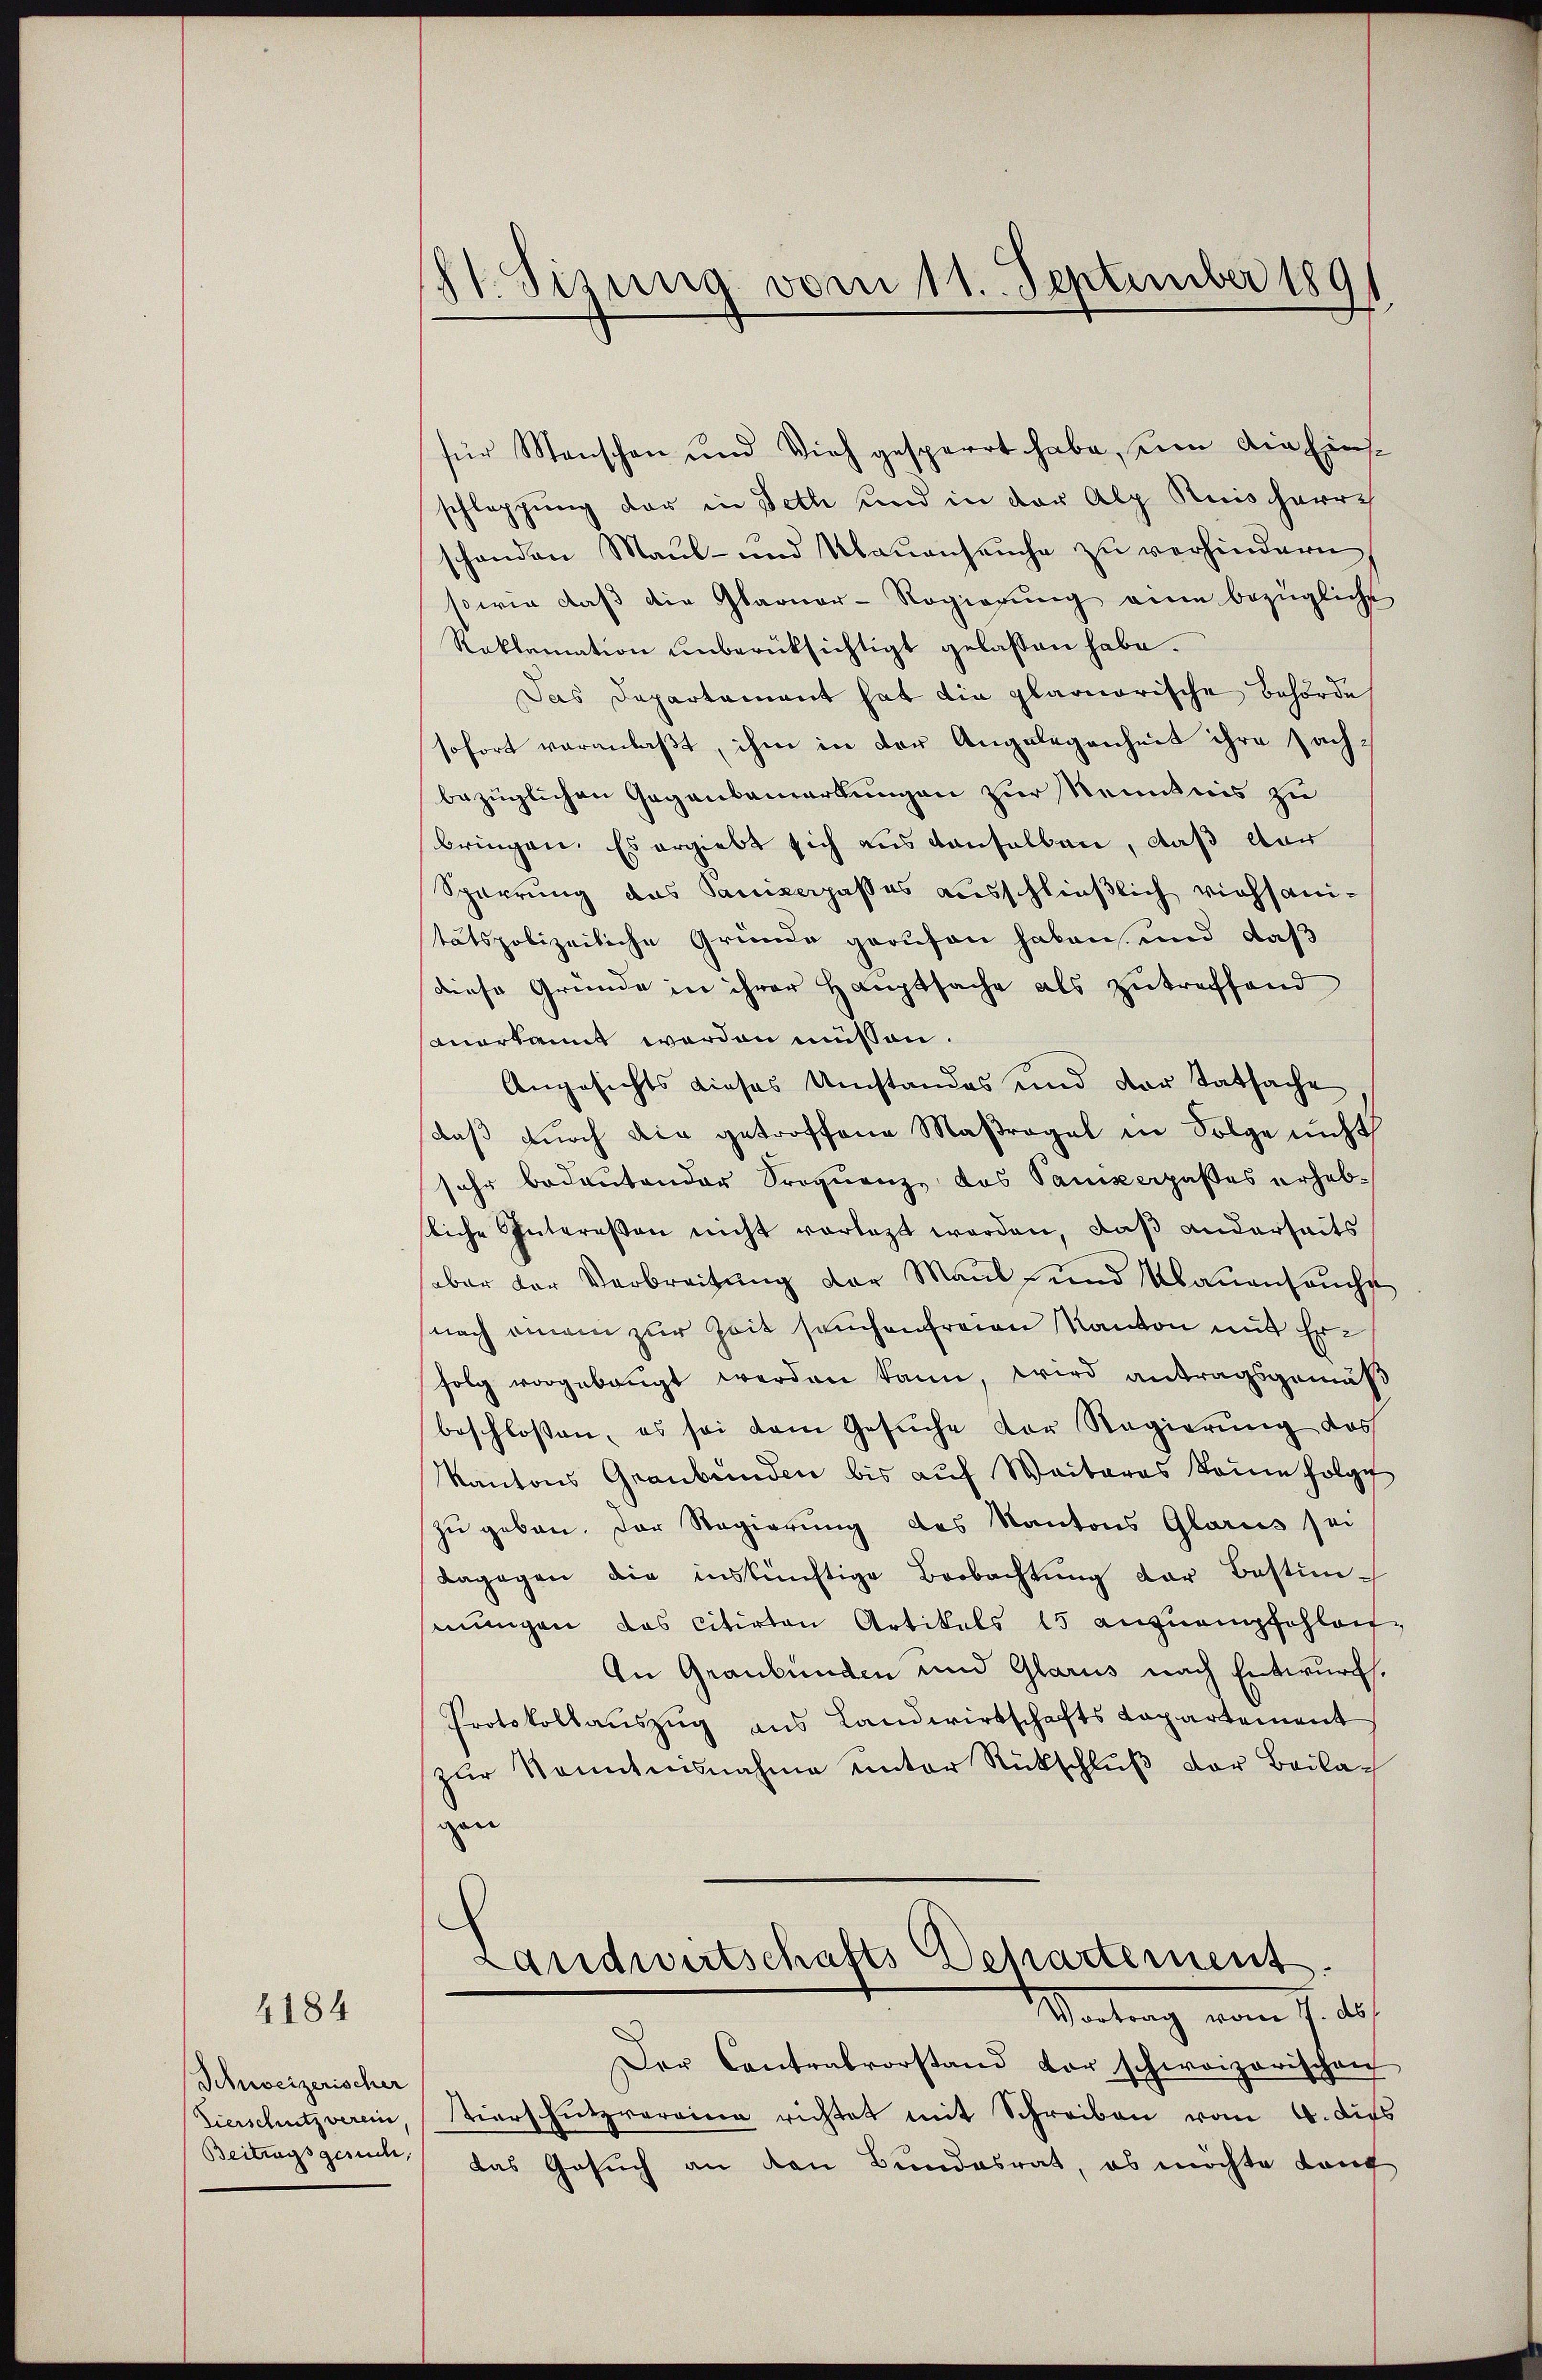
4184

Schweizerischer
Tierschutz verein,

St. Sizung vom 11. September 1891

für Menschen und Vieh gesperrt habe, um die Einsschleppung der in Feth und in der Alp Kuisharre
schanden Maul- und Maŭenseuche zŭ verhindern,
sowie daβ die Glarner-Regierŭng eine bezügliche
Reklamation unberüksichtigt gelassen habe.
Das Departement hat die plariorische Behörde
sofort veranlaßt, ihm in der Angelegenheit ihre Fach-
bezüglichen Gegenbemerkungen zur Kenntnis zu
bringen. Es ergiebt sich aus denselben, daß dar
Sperrung das Sanikerpasses ausschließlich viehsantätspolizeiliche Gründe gerufen haben, und daß
diese Gründe in ihrer Hauptsache als zutreffend
sanerkannt werden müssen.
Angesichts dieses Umstandes und der Tatsache
daß durch die getroffene Maßregel in Folge nicht
sehr bedeutender Sroquenz, das Panikerpaßes erhebsliche Intereßen nicht vorlegt worden, daß anderseits
aber der Verbreitung der Maul- und Klauenseucht
nach einem zur Zeit seuchenfreien Kanton mit Erfolg vorgebangt werden kann, wird antragsgemäß
beschlossen, es sei dem Gesuche Dor Regierung des
Kantons Graubünden bis auf Weiteres kaum folge
zu geben. Der Regierung des Kantons Glarus sei
dagogen die inskünftige Beobachtŭng der Bestimmungen das citirten Artikels 15 anzuempfehlen
An Graubünden und Glarus nach Entwurf.
Protokollaŭszŭg ans Landwirtschafts Capartement
zur Kenntnisnahme unter Rückschluß der Beilag
gen
Landwirtschafts Departement
Mantrag vom 7. d.
Der Contralvorstand vor schweizerischen
tiers Futzvorrina richtet mit Schreiben vom 4. dies
Beitragsgesuch das Gesuch an den Bundesrat, ob möchte Lauf